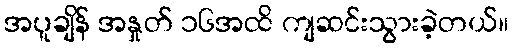
အပူချိန် အနှုတ် ၁၆အထိ ကျဆင်းသွားခဲ့တယ်။